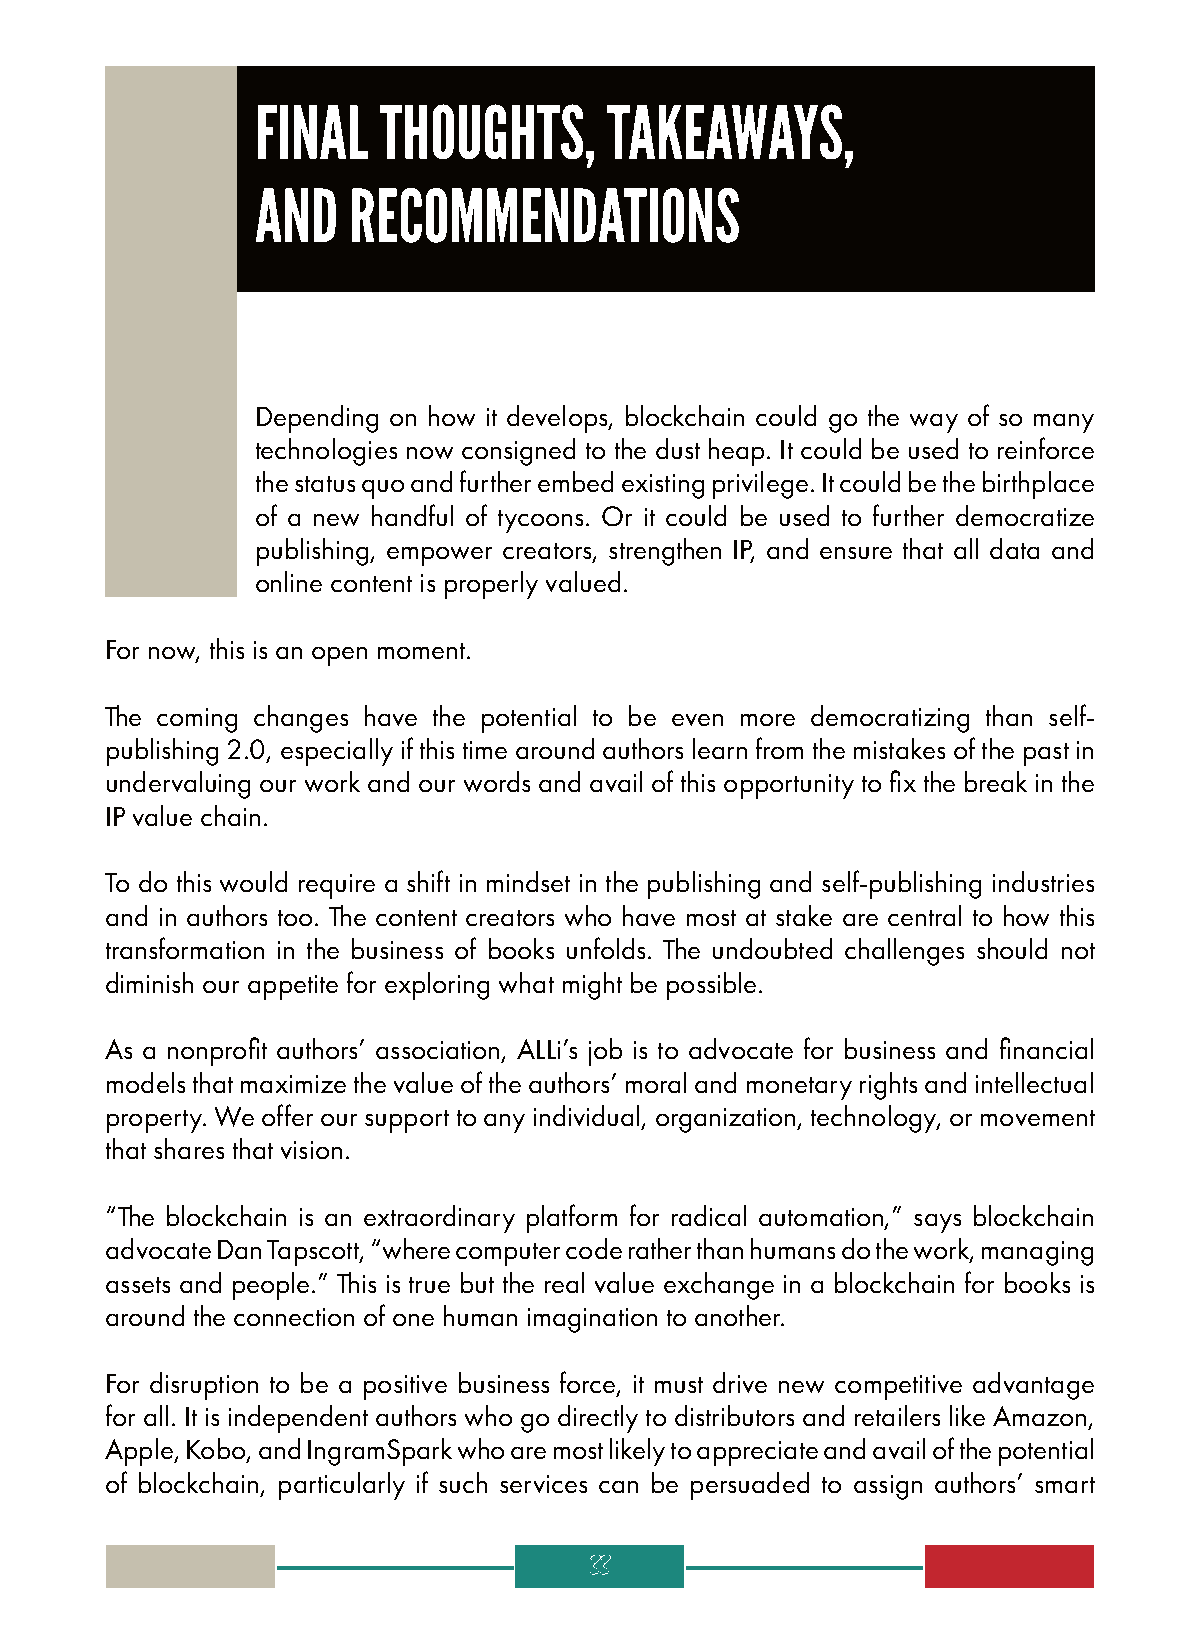
FINAL   THOUGHTS,      TAKEAWAYS,
 AND   RECOMMENDATIONS
 Depending on how it develops, blockchain could go the way of so many
 technologies now consigned to the dust heap. It could be used to reinforce
 the status quo and further embed existing privilege. It could be the birthplace
 of a new handful of tycoons. Or it could be used to further democratize
 publishing, empower creators, strengthen IP, and ensure that all data and
 online content is properly valued.
 For now, this is an open moment.
 The coming changes have the potential to be even more democratizing than self-
 publishing 2.0, especially if this time around authors learn from the mistakes of the past in
 undervaluing our work and our words and avail of this opportunity to fix the break in the
 IP value chain.
 To do this would require a shift in mindset in the publishing and self-publishing industries
 and in authors too. The content creators who have most at stake are central to how this
 transformation in the business of books unfolds. The undoubted challenges should not
 diminish our appetite for exploring what might be possible.
 As a nonprofit authors’ association, ALLi’s job is to advocate for business and financial
 models that maximize the value of the authors’ moral and monetary rights and intellectual
 property. We offer our support to any individual, organization, technology, or movement
 that shares that vision.
 “The blockchain is an extraordinary platform for radical automation,” says blockchain
 advocate Dan Tapscott, “where computer code rather than humans do the work, managing
 assets and people.” This is true but the real value exchange in a blockchain for books is
 around the connection of one human imagination to another.
 For disruption to be a positive business force, it must drive new competitive advantage
 for all. It is independent authors who go directly to distributors and retailers like Amazon,
 Apple, Kobo, and IngramSpark who are most likely to appreciate and avail of the potential
 of blockchain, particularly if such services can be persuaded to assign authors’ smart
 33